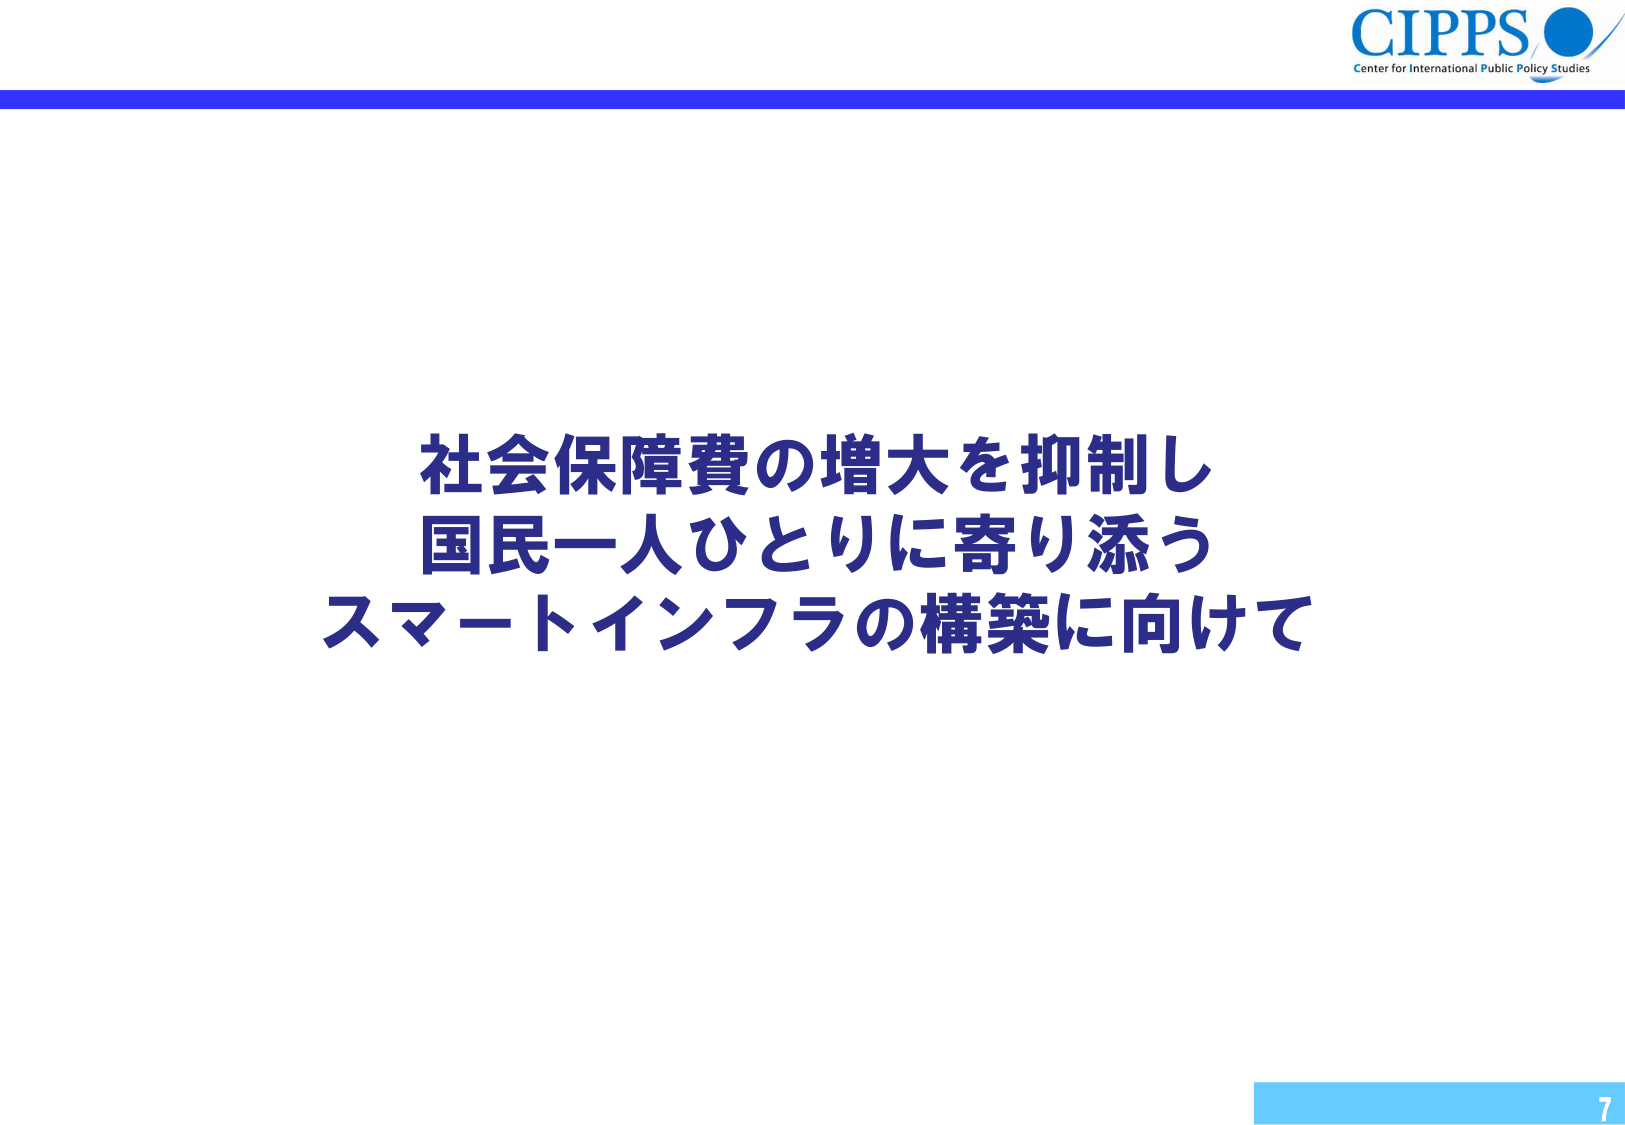
CIPPS
Center for International Public Policy Studies

社会保障費の増大を抑制し
国民一人ひとりに寄り添う
スマートインフラの構築に向けて

7